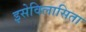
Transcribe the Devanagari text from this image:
इसेविलासिता